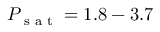
P _ { \textrm { s a t } } = 1 . 8 - 3 . 7